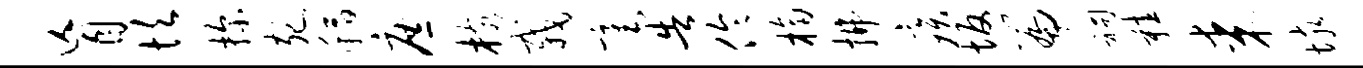
盲坎探宛稻庶核栽毫告伶桷拂疾坂篇祠鞋某垓